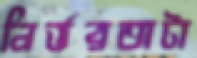
নির্ভরতাটা